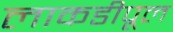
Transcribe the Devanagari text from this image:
लाकडीपूल